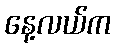
နေ့လယ်က